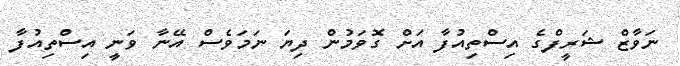
ނަވާޒް ޝަރީފްގެ އިސްތިއުފާ އަށް ގޮވަމުން ދިޔަ ނަމަވެސް އޭނާ ވަނީ އިސްތިއުފާ